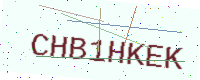
Text: CHB1HKEK